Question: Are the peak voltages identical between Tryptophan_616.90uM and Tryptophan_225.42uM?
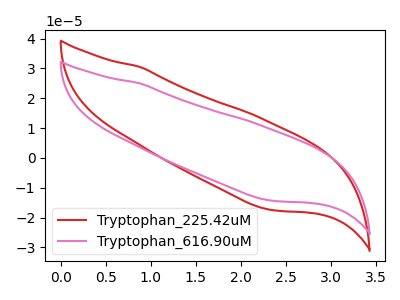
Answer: <think>The red curve "Tryptophan_225.42uM" has no peaks. The pink curve "Tryptophan_616.90uM" has no peaks.</think>
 <answer>Niether CV has any peaks.</answer>
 <eval>blanks</eval>